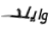
وايلد